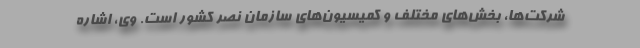
شرکت‌ها، بخش‌های مختلف و کمیسیون‌های سازمان نصر کشور است. وی، اشاره